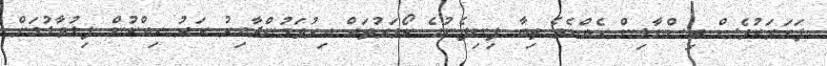
ފަހަރަކުވެސް ވިސްނާލިން ހެއްޔެވެ ތިބާ ފިނިފެނުގެ ކޯވަރުތައް އިރުވަމުންދާއިރު ކަރު ހިއްކުން ފިލުވާލުމަށް